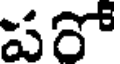
పరో